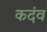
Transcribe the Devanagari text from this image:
कदंव